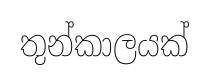
තුන්කාලයක්